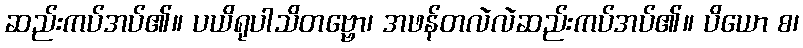
ဆည်းကပ်အပ်၏။ ပယိရုပါသိတဗ္ဗော၊ အဖန်တလဲလဲဆည်းကပ်အပ်၏။ ပိယော စ၊